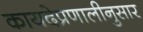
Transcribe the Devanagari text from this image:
कायदेप्रणालीनुसार